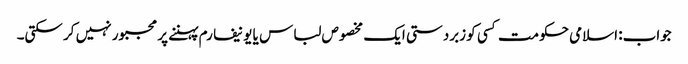
جواب: اسلامی حکومت کسی کو زبردستی ایک مخصوص لباس یا یونیفارم پہننے پر مجبور نہیں کر سکتی۔